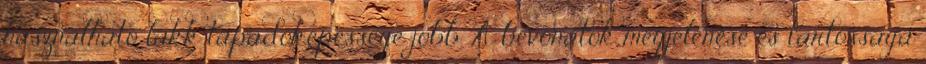
használható lakk tapadóképessége jobb. A bevonatok megjelenése és tartóssága